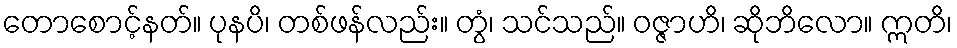
တောစောင့်နတ်။ ပုနပိ၊ တစ်ဖန်လည်း။ တွံ၊ သင်သည်။ ဝဇ္ဇာဟိ၊ ဆိုဘိလော။ ဣတိ၊